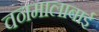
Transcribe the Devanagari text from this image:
वनमालाबाई